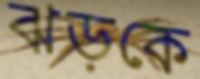
ঝড়কে